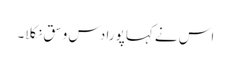
اس نے کہا پورا دس وسق نکلا۔